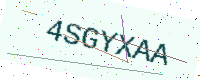
Text: 4SGYXAA